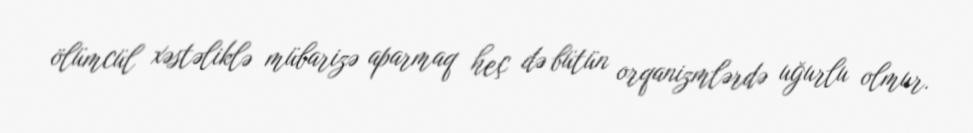
ölümcül xəstəliklə mübarizə aparmaq heç də bütün orqanizmlərdə uğurlu olmur.